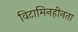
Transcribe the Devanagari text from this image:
विटामिनहीनता